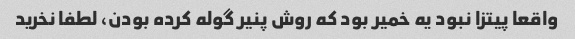
واقعا پیتزا نبود یه خمیر بود که روش پنیر گوله کرده بودن، لطفا نخرید